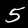
Digit: 5